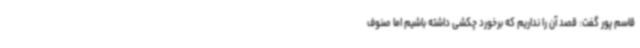
قاسم پور گفت: قصد آن را نداریم که برخورد چکشی داشته باشیم اما صنوف